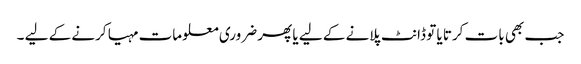
جب بھی بات کرتا یا تو ڈانٹ پلانے کے لیے یا پھر ضروری معلومات مہیا کرنے کے لیے ۔